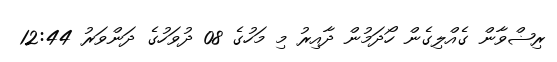
ރިޟްވާން ގެއްލިގެން ހޯދަމުން ދާއިރު މި މަހުގެ 08 ދުވަހުގެ ދަންވަރު 12:44